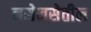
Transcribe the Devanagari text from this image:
नसेनसेतील